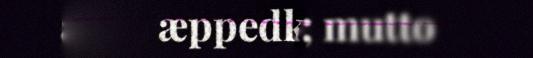
æppedkættai; mutto